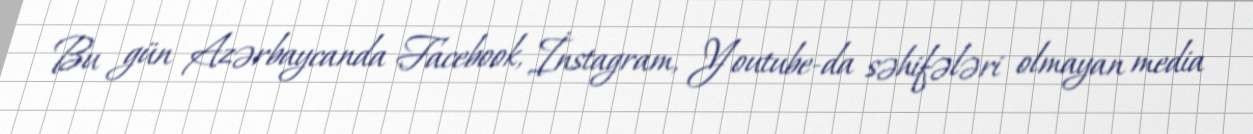
Bu gün Azərbaycanda Facebook, İnstagram, Youtube-da səhifələri olmayan media